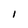
Character: I